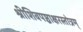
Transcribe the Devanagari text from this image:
श्रीशिवपञ्चाक्षरस्तोत्रम्